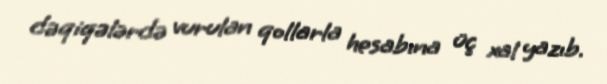
dəqiqələrdə vurulan qollarla hesabına üç xal yazıb.